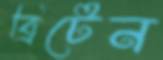
ব্রিটেন